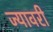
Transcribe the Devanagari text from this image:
ज्यावरी